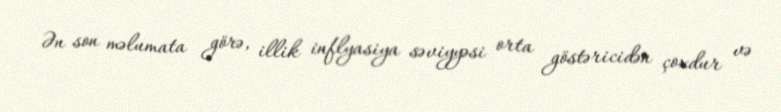
Ən son məlumata görə, illik inflyasiya səviyyəsi orta göstəricidən çoxdur və